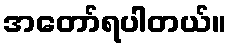
အတော်ရပါတယ်။